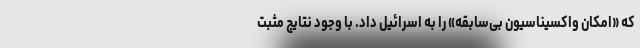
که «امکان واکسیناسیون بی‌سابقه» را به اسرائیل داد. با وجود نتایج مثبت